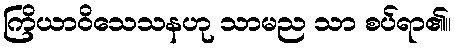
ကြိယာဝိသေသနဟု သာမည သာ စပ်ရာ၏။